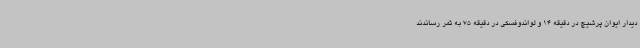
دیدار ایوان پرشیچ در دقیقه 14 و لواندوفسکی در دقیقه 75 به ثمر رساندند